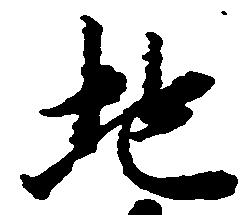
地